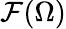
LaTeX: {\mathcal{F}}(\Omega)